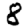
Digit: 8